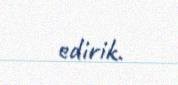
edirik.